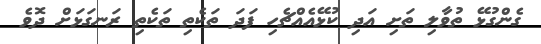
ގެންގުޅޭ ތުވާލި ތަށި އަދި ކުޅޭއެއްޗެހި ފަދަ ތަކެތި ތަކެތި ރަނގަޅަށް ދޮވެ